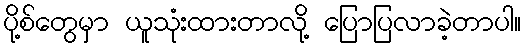
ပို့စ်တွေမှာ ယူသုံးထားတာလို့ ပြောပြလာခဲ့တာပါ။